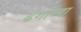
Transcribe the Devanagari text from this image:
ढंगांच्या